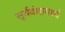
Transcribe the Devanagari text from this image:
सूर्यवंशामध्ये